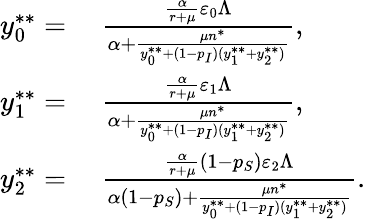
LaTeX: \begin{array}{rl}{y_{0}^{**}=}&{{}~\frac{\frac{\alpha}{r+\mu}\varepsilon_{0}\Lambda}{\alpha+\frac{\mu n^{*}}{y_{0}^{**}+(1-p_{I})(y_{1}^{**}+y_{2}^{**})}},}\\ {y_{1}^{**}=}&{{}~\frac{\frac{\alpha}{r+\mu}\varepsilon_{1}\Lambda}{\alpha+\frac{\mu n^{*}}{y_{0}^{**}+(1-p_{I})(y_{1}^{**}+y_{2}^{**})}},}\\ {y_{2}^{**}=}&{{}~\frac{\frac{\alpha}{r+\mu}(1-p_{S})\varepsilon_{2}\Lambda}{\alpha(1-p_{S})+\frac{\mu n^{*}}{y_{0}^{**}+(1-p_{I})(y_{1}^{**}+y_{2}^{**})}}.}\end{array}